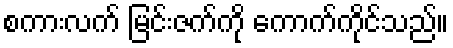
စကားလက် မြင်းဇက်ကို ကောက်ကိုင်သည်။